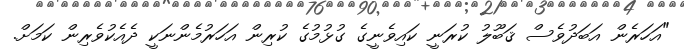
"އަހަރެން އަބަދުވެސް ޤަބޫލު ކުރަނީ ކައިވެނީގެ ގުޅުމުގެ ކުރިން އަހަރުމެންނަކީ ދެއެކުވެރިން ކަމަށް.